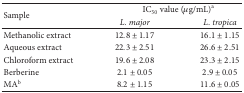
<table><thead><tr><td rowspan="2"><b>Sample</b></td><td colspan="2"><b>IC<sub>50</sub> value (μg/mL)<sup>a</sup></b></td></tr><tr><td><b><i>L. major </i></b></td><td><b><i>L. tropica </i></b></td></tr></thead><tbody><tr><td>Methanolic extract</td><td>12.8 ± 1.17</td><td>16.1 ± 1.15</td></tr><tr><td>Aqueous extract</td><td>22.3 ± 2.51</td><td>26.6 ± 2.51</td></tr><tr><td>Chloroform extract</td><td>19.6 ± 2.08</td><td>23.3 ± 2.15</td></tr><tr><td>Berberine</td><td>2.1 ± 0.05</td><td>2.9 ± 0.05</td></tr><tr><td>MA<sup>b</sup></td><td>8.2 ± 1.15</td><td>11.6 ± 0.05</td></tr></tbody></table>